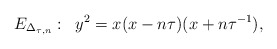
\begin{align*}E_{\Delta_{\tau, n}}: \;\;y^{2} = x(x - n \tau) (x + n \tau^{-1}),\end{align*}